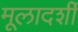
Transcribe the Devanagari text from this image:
मूलादर्शी